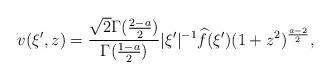
LaTeX: \begin{align*} v(\xi',z) = \frac{\sqrt{2}\Gamma(\frac{2-a}{2})}{\Gamma(\frac{1-a}{2})}|\xi'|^{-1}\widehat{f}(\xi')(1+z^2)^{\frac{a-2}{2}},\end{align*}